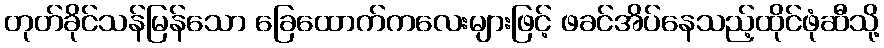
တုတ်ခိုင်သန်မြန်သော ခြေထောက်ကလေးများဖြင့် ဖခင်အိပ်နေသည့်ထိုင်ဖုံဆီသို့